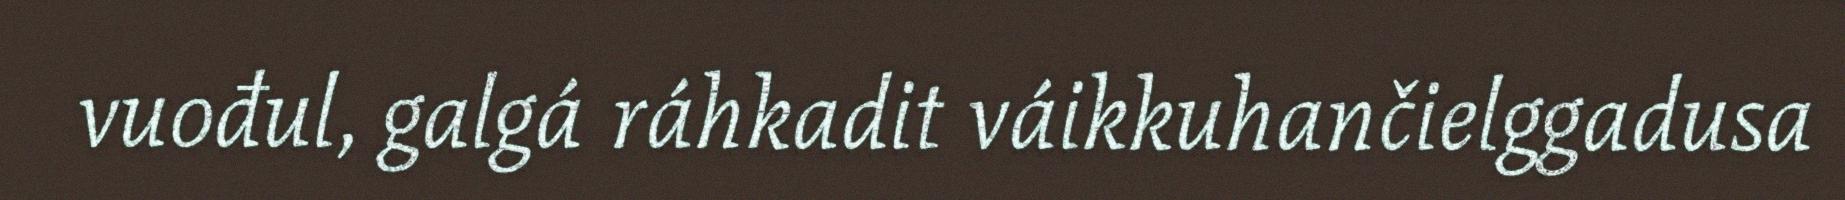
vuođul, galgá ráhkadit váikkuhančielggadusa